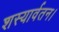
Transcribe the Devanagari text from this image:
शस्यार्वतन।